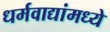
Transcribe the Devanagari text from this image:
धर्मवाद्यांमध्ये